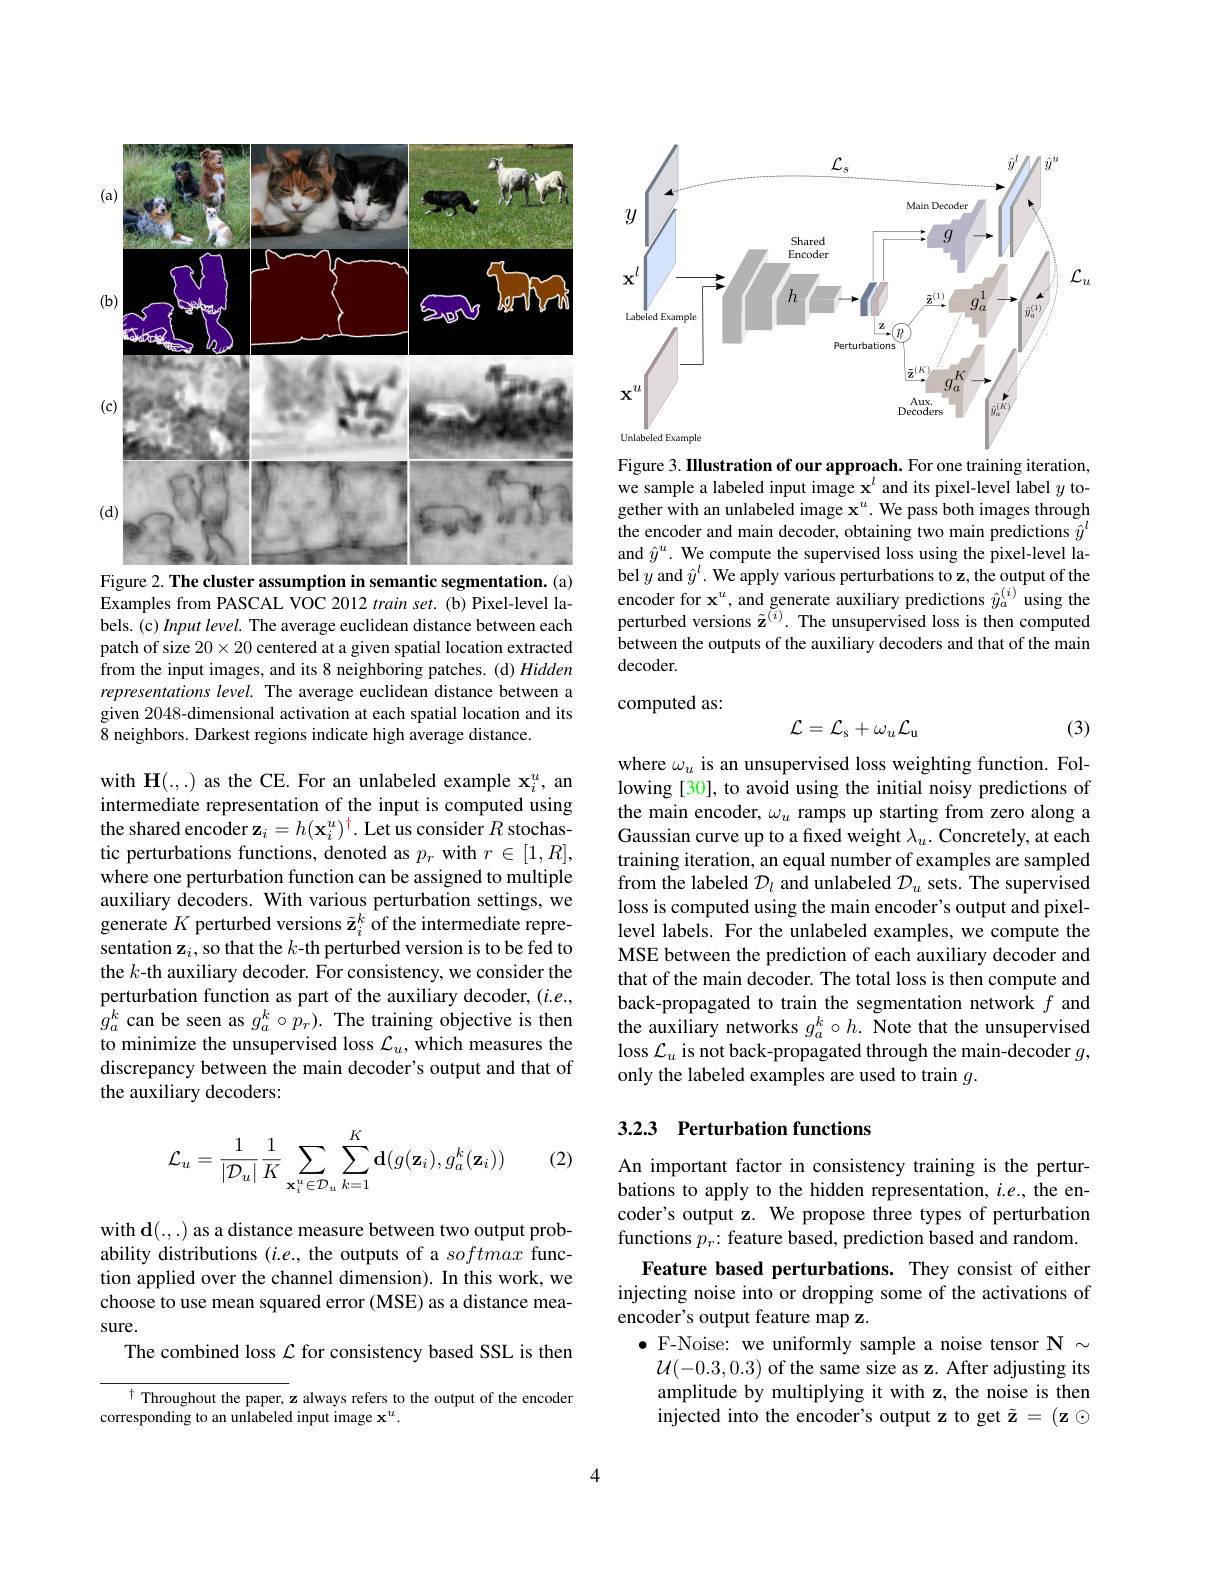
<FigureHere>
Figure 2. The cluster assumption in semantic segmentation. (a)

Examples from PASCAL VOC 2012 train set. (b) Pixel-level labels. (c) Input level. The average euclidean distance between each patch of size $20\times20$ centered at a given spatial location extracted from the input images, and its 8 neighboring patches. (d) Hidden representations level. The average euclidean distance between a given 2048-dimensional activation at each spatial location and its $\bar{8}$ neighbors. Darkest regions indicate high average distance.

with H(...) as the CE. For an unlabeled example $\mathbf{x}_i^u$, an intermediate representation of the input is computed using the shared encoder $\mathbf{z}_i=h(\mathbf{x}_i^u)^\dagger.$ Let us consider $R$ stochastic perturbations functions, denoted as $p_r$ with $r\in[1,R]$, where one perturbation function can be assigned to multiple auxiliary decoders. With various perturbation settings, we generate $K$ perturbed versions $\tilde{\mathbf{z}}_i^k$ of the intermediate representation z$_i$, so that the $k$-th perturbed version is to be fed to the $k$-th auxiliary decoder. For consistency, we consider the perturbation function as part of the auxiliary decoder, $(i.e.$, $g_{a}^{k}$ can be seen as $g_a^k\circ\hat{p_r}).$ The training objective is then to minimize the unsupervised loss $\mathcal{L}_u$, which measures the discrepancy between the main decoder's output and that of the auxiliary decoders:

(2)
$$\mathcal{L}_u=\frac{1}{|\mathcal{D}_u|}\frac{1}{K}\sum_{\mathbf{x}_i^u\in\mathcal{D}_u}\sum_{k=1}^K\mathbf{d}(g(\mathbf{z}_i),g_a^k(\mathbf{z}_i))$$
with d(.,.) as a distance measure between two output probability distributions $(i.e.$, the outputs of a softmax function applied over the channel dimension). In this work, we choose to use mean squared error (MSE) as a distance measure.
The combined loss $\mathcal{L}$ for consistency based SSL is then

$^{\dagger}$ Throughout the paper, z always refers to the output of the encoder
corresponding to an unlabeled input image $\mathbf{x}^u.$

<FigureHere>

Figure 3. IIlustration of our approach. For one training iteration, we sample a labeled input image $\mathbf{x}^l$ and its pixel-level label $y$ together with an unlabeled image $\mathbf{x}^u.$ We pass both images through the encoder and main decoder, obtaining two main predictions $\hat{y}^l$ and $\hat{y}^u.$ We compute the supervised loss using the pixel-level label $y$ and $\hat{y}^l.$ We apply various perturbations to z, the output of the encoder for $\mathbf{x}^u$, and generate auxiliary predictions $\hat{y}_a^{(i)}$ using the perturbed versions $\tilde{\mathbf{z}}^{(i)}.$ The unsupervised loss is then computed between the outputs of the auxiliary decoders and that of the main decoder.

computed as:
$$\mathcal{L}=\mathcal{L}_\mathrm{s}+\omega_u\mathcal{L}_\mathrm{u}$$
(3)

where $\omega_u$ is an unsupervised loss weighting function. Following [30], to avoid using the initial noisy predictions of the main encoder, $\omega_u$ ramps up starting from zero along a Gaussian curve up to a fixed weight $\lambda_u.$ Concretely, at each training iteration, an equal number of examples are sampled from the labeled $\mathcal{D}_l$ and unlabeled $\mathcal{D}_u$ sets. The supervised loss is computed using the main encoder's output and pixellevel labels. For the unlabeled examples, we compute the MSE between the prediction of each auxiliary decoder and that of the main decoder. The total loss is then compute and back-propagated to train the segmentation network $f$ and the auxiliary networks $g_a^k\circ h.$ Note that the unsupervised loss $\mathcal{L}_u$ is not back-propagated through the main-decoder $g$, only the labeled examples are used to train $g.$

## 3.2.3 Perturbation functions

An important factor in consistency training is the perturbations to apply to the hidden representation, $i.e.$, the encoder's output z. We propose three types of perturbation functions $p_{r}:$ feature based, prediction based and random.
Feature based perturbations. They consist of either injecting noise into or dropping some of the activations of encoder's output feature map z.
$\bullet$ F-Noise: we uniformly sample a noise tensor $\mathbf{N}\sim$ $\mathcal{U}(-0.3,0.3)$ of the same size as z. After adjusting its amplitude by multiplying it with z, the noise is then injected into the encoder's output z to get $\tilde{\mathbf{z}}=(\mathbf{z}\odot$

4